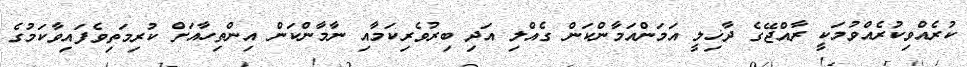
ކުރެއްވިކުރެއްވުމަކީ ރާއްޖޭގެ ދާޚިލީ އަމަންއަމާންކަން ގެއްލި އަދި ބިރުވެރިކަމާއި ނާމާންކަން އިންތިހާއަށް ކުރިމަތިވެފައިވާކަމުގެ